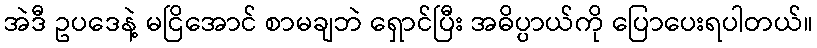
အဲဒီ ဥပဒေနဲ့ မငြိအောင် စာမချဘဲ ရှောင်ပြီး အဓိပ္ပာယ်ကို ပြောပေးရပါတယ်။